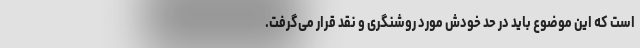
است که این موضوع باید در حد خودش مورد روشنگری و نقد قرار می‌گرفت.